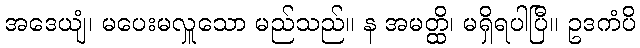
အဒေယျံ၊ မပေးမလှူသော မည်သည်။ န အမတ္ထိ၊ မရှိရပါပြီ။ ဥဒကံပိ